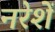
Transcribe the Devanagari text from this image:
नरेशें